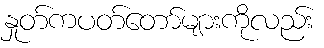
နှုတ်ကပတ်တော်များကိုလည်း